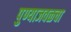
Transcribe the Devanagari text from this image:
पुण्याजवळचा